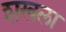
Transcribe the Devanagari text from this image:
शखला